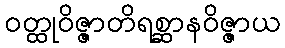
ဝတ္ထုဝိဇ္ဇာတိရစ္ဆာနဝိဇ္ဇာယ